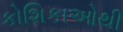
કોશિકાઓથી